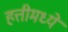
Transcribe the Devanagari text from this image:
हत्तीमध्ये